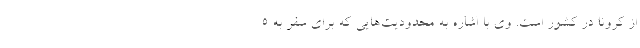
از کرونا در کشور است. وی با اشاره به محدودیت‌هایی که برای سفر به ۵